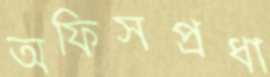
অফিসপ্রধা